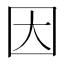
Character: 因